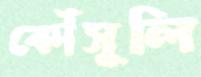
কৌঁসূলি